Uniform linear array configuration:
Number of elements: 12
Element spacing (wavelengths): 0.5
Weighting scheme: blackman
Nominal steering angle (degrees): -30
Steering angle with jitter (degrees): -30.949
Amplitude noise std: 0.05
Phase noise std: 0.05

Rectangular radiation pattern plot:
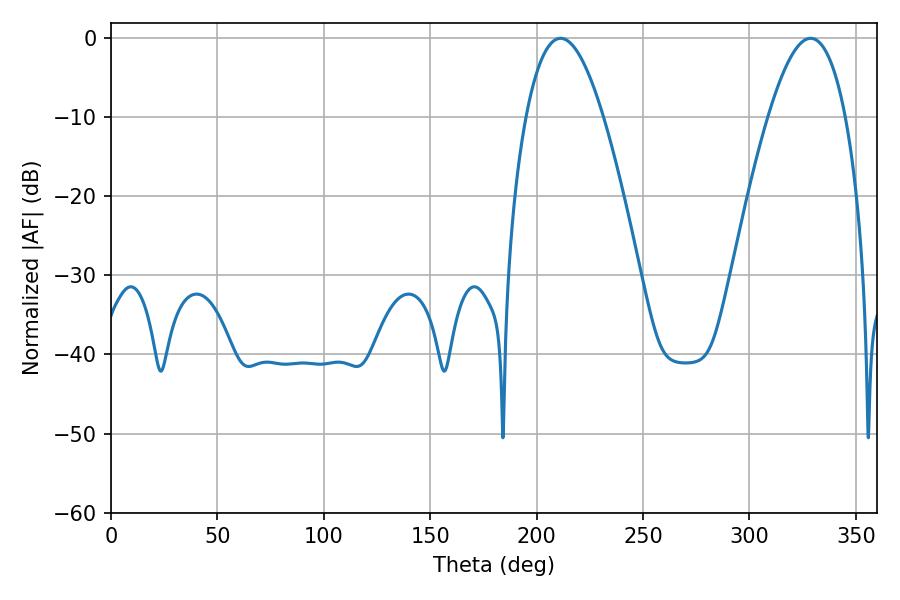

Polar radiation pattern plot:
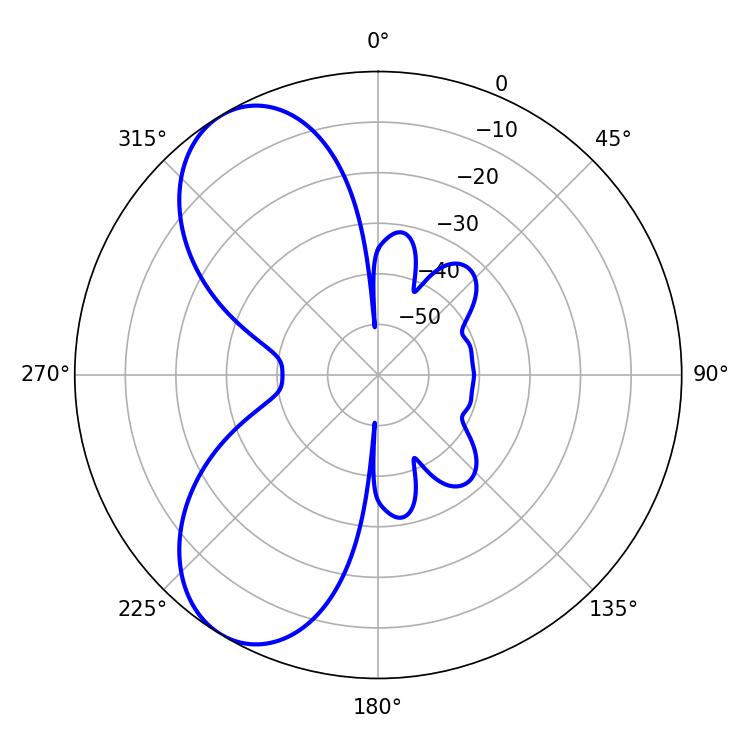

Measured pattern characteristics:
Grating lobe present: FALSE
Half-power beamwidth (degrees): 19.8
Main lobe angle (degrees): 211.32